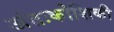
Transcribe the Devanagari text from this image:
अंतःकोशिकी